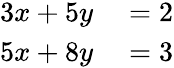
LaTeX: \begin{array}{rl}{3x+5y}&{{}=2}\\ {5x+8y}&{{}=3}\end{array}